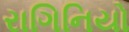
રાગિનિયો